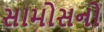
સામોસનો